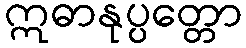
ဣဓာနုပ္ပတ္တော